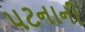
પટનાની